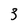
Character: 3